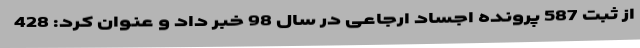
از ثبت 587 پرونده اجساد ارجاعی در سال 98 خبر داد و عنوان کرد: 428